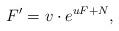
LaTeX: \begin{align*} F' = v \cdot e^{u F + N},\end{align*}